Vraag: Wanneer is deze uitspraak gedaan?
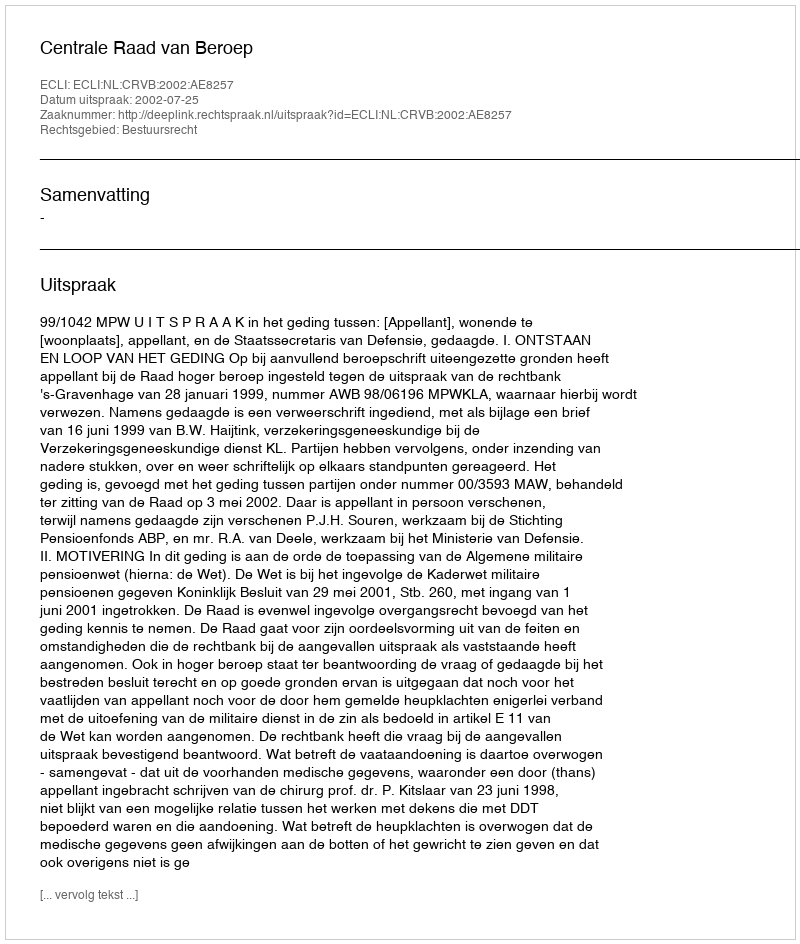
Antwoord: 2002-07-25